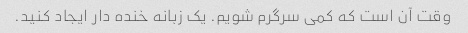
وقت آن است که کمی سرگرم شویم. یک زبانه خنده دار ایجاد کنید.